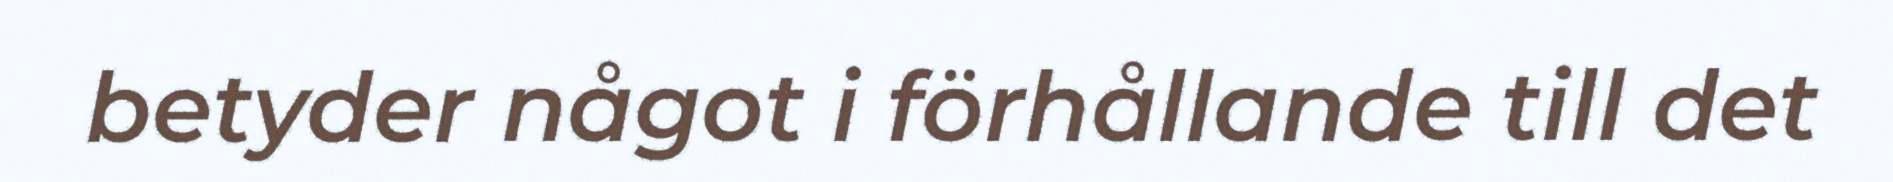
betyder något i förhållande till det